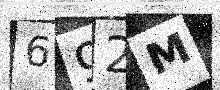
Text: 692M